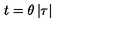
t = \theta \left| \tau \right|